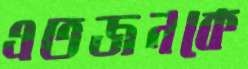
এতজনকে